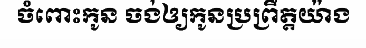
ចំពោះកូន ចង់ឲ្យកូនប្រព្រឹត្តយ៉ាង